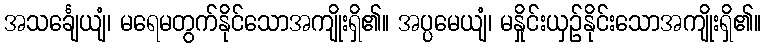
အသင်္ချေယျံ၊ မရေမတွက်နိုင်သောအကျိုးရှိ၏။ အပ္ပမေယျံ၊ မနှိုင်းယှဉ်နိုင်းသောအကျိုးရှိ၏။